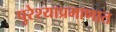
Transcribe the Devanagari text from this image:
पुरेश्याप्रमाणात